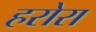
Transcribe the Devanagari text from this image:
हरोरा